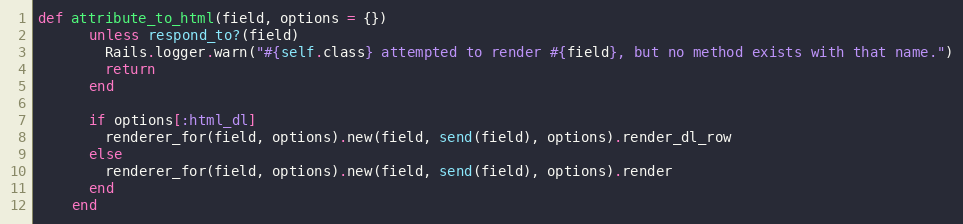
Language: Ruby
def attribute_to_html(field, options = {})
      unless respond_to?(field)
        Rails.logger.warn("#{self.class} attempted to render #{field}, but no method exists with that name.")
        return
      end

      if options[:html_dl]
        renderer_for(field, options).new(field, send(field), options).render_dl_row
      else
        renderer_for(field, options).new(field, send(field), options).render
      end
    end